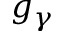
g _ { \gamma }